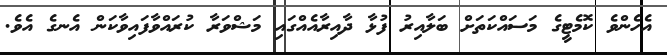
އެހެންވެ ކޮމެޓީގެ މަސައްކަތަށް ބަލާއިރު ފުޅާ ދާއިރާއެއްގައި މަޝްވަރާ ކުރައްވާފައިވާކަން އެނގެ އެވެ.